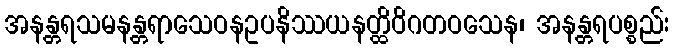
အနန္တရသမနန္တရာသေဝနဥပနိဿယနတ္ထိဝိဂတဝသေန၊ အနန္တရပစ္စည်း